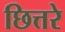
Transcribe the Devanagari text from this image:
छित्तरे